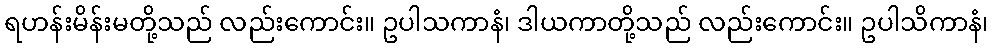
ရဟန်းမိန်းမတို့သည် လည်းကောင်း။ ဥပါသကာနံ၊ ဒါယကာတို့သည် လည်းကောင်း။ ဥပါသိကာနံ၊